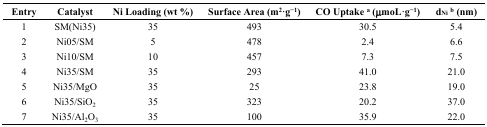
| Entry | Catalyst | Ni Loading (wt %) | Surface Area (m2·g−1) | CO Uptake a (μmoL·g−1) | dNib (nm) |
 | --- | --- | --- | --- | --- | --- |
 | 1 | SM(Ni35) | 35 | 493 | 30.5 | 5.4 |
 | 2 | Ni05/SM | 5 | 478 | 2.4 | 6.6 |
 | 3 | Ni10/SM | 10 | 457 | 7.3 | 7.5 |
 | 4 | Ni35/SM | 35 | 293 | 41.0 | 21.0 |
 | 5 | Ni35/MgO | 35 | 25 | 23.8 | 19.0 |
 | 6 | Ni35/SiO2 | 35 | 323 | 20.2 | 37.0 |
 | 7 | Ni35/Al2O3 | 35 | 100 | 35.9 | 22.0 |